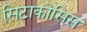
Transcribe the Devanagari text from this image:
सिटाकोसिस